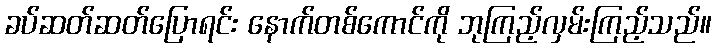
ခပ်ဆတ်ဆတ်ပြောရင်း နောက်တစ်ကောင်ကို ဘုကြည့်လှမ်းကြည့်သည်။